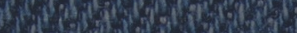
مطعم السعادة: أشهى الأطبا